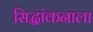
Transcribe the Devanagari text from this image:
सिद्धांकनाला